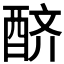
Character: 𨠨